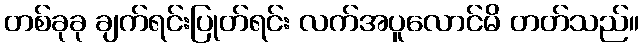
တစ်ခုခု ချက်ရင်းပြုတ်ရင်း လက်အပူလောင်မိ တတ်သည်။